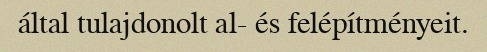
által tulajdonolt al- és felépítményeit.